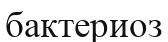
бактериоз